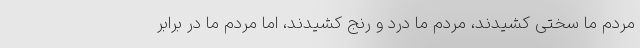
مردم ما سختی کشیدند، مردم ما درد و رنج کشیدند، اما مردم ما در برابر